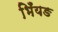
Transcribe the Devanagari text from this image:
भिँयङ